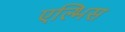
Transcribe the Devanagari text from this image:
एल्भिस